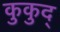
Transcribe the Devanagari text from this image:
कुकुद्